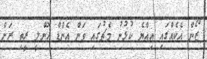
ޒޯން އެކެއްގައި އިއްޔެ ކުޅުނު މެޗުގައި ވަން އެންޑް އޮންލީ ރީތި ރަށް